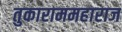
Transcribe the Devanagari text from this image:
तुकाराममहाराज